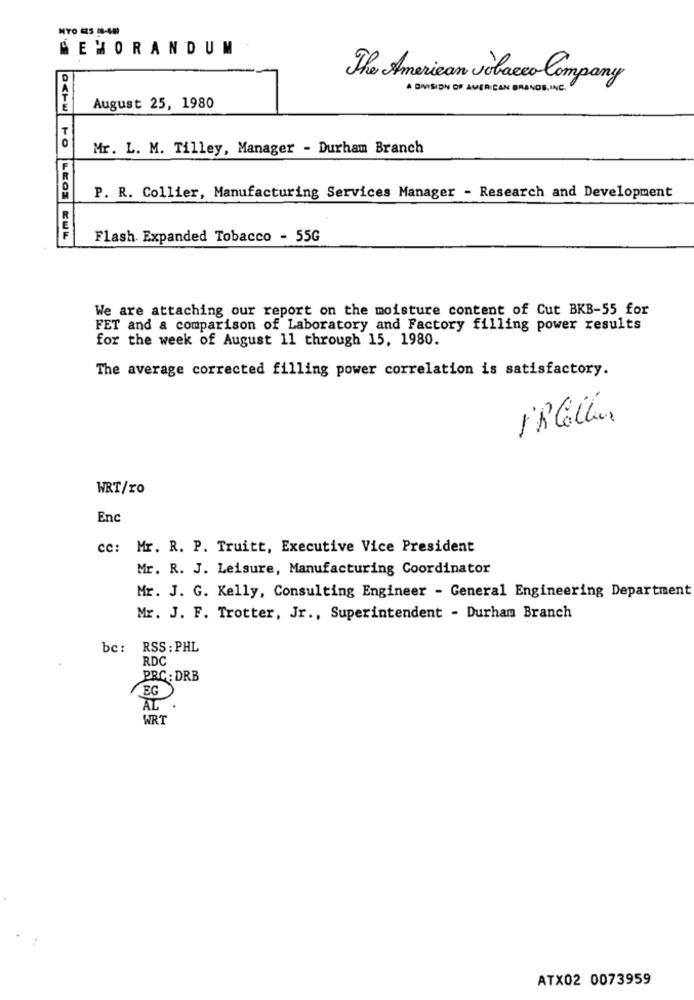
MEMORANDUM
D
The American volacco Company
A DIVISION OF AMERICAN BRANDS, INC.
August 25, 1980
T
Mr. L. M. Tilley, Manager - Durham Branch
P. R. Collier, Manufacturing Services Manager - Research and Development
OCHW FO LEOS CUL
Flash. Expanded Tobacco - 55G
We are attaching our report on the moisture content of Cut BKB-55 for
FET and a comparison of Laboratory and Factory filling power results
for the week of August 11 through 15, 1980.
The average corrected filling power correlation is satisfactory.
-
WRT/ro
Enc
cc: Mr. R. P. Truitt, Executive Vice President
Mr. R. J. Leisure, Manufacturing Coordinator
Mr. J. G. Kelly, Consulting Engineer - General Engineering Department
Mr. J. F. Trotter, Jr ., Superintendent - Durham Branch
bc: RSS: PHL
RDC
PRC : DRB
EG
AL
WRT
ATX02 0073959